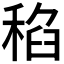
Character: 𱶑